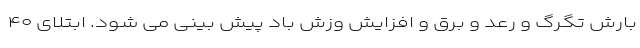
بارش تگرگ و رعد و برق و افزایش وزش باد پیش بینی می شود. ابتلای ۴۰